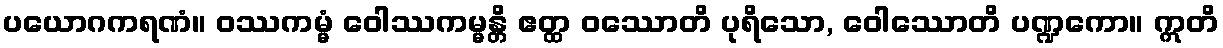
ပယောဂကရဏံ။ ဝဿကမ္မံ ဝေါဿကမ္မန္တိ ဧတ္ထ ဝဿောတိ ပုရိသော, ဝေါဿောတိ ပဏ္ဍကော။ ဣတိ